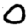
Digit: 0